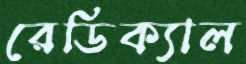
রেডিক্যাল